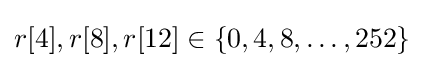
r[4],r[8],r[12]\in \{0,4,8,\dotsc ,252\}